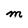
Character: m